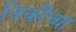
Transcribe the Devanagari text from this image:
विकीच्या